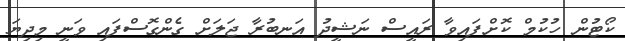
ކޯޓުން ހުކުމް ކޮށްފައިވާ ރައީސް ނަޝީދު އަނބުރާ ޖަލަށް ގެންގޮސްފައި ވަނީ މިދިޔަ